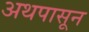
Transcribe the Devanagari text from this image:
अथपासून